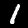
Label: 1